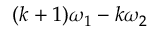
( k + 1 ) \omega _ { 1 } - k \omega _ { 2 }